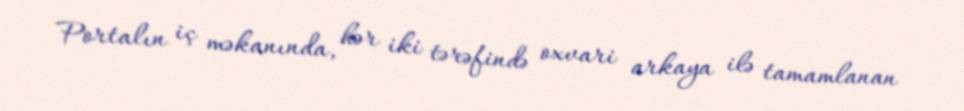
Portalın iç məkanında, hər iki tərəfində oxvari arkaya ilə tamamlanan